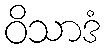
ဝိသာဒံ